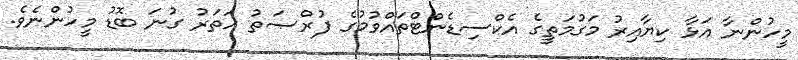
މީހުންނާ އަޅާ ކިޔާއިރު މަގުމަތީގެ އެކްސިޑެންޓްތައްވުމުގެ ފުރްޞަތު ހަތަރު ގުނަ ބޮޑު މީހުންނެވެ.